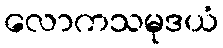
လောကသမုဒယံ